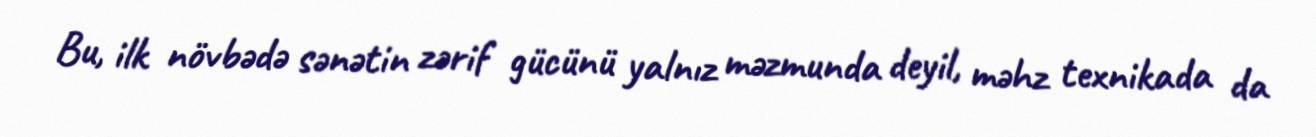
Bu, ilk növbədə sənətin zərif gücünü yalnız məzmunda deyil, məhz texnikada da